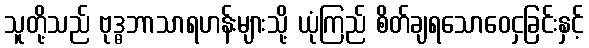
သူတို့သည် ဗုဒ္ဓဘာသာရဟန်းများသို့ ယုံကြည် စိတ်ချရသောဝေငှခြင်းနှင့်